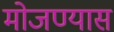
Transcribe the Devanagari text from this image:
मोजण्यास